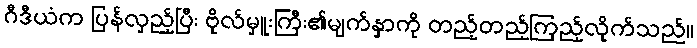
ဂီဒီယံက ပြန်လှည့်ပြီး ဗိုလ်မှူးကြီး၏မျက်နှာကို တည့်တည့်ကြည့်လိုက်သည်။